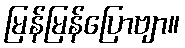
မြန်မြန်ပြောဗျာ။